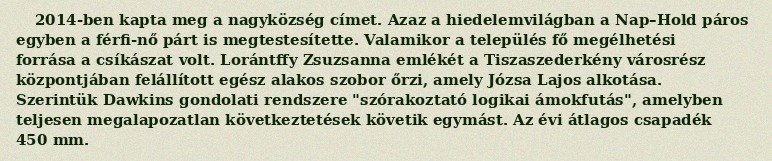
2014-ben kapta meg a nagyközség címet. Azaz a hiedelemvilágban a Nap–Hold páros egyben a férfi-nő párt is megtestesítette. Valamikor a település fő megélhetési forrása a csíkászat volt. Lorántffy Zsuzsanna emlékét a Tiszaszederkény városrész központjában felállított egész alakos szobor őrzi, amely Józsa Lajos alkotása. Szerintük Dawkins gondolati rendszere "szórakoztató logikai ámokfutás", amelyben teljesen megalapozatlan következtetések követik egymást. Az évi átlagos csapadék 450 mm.